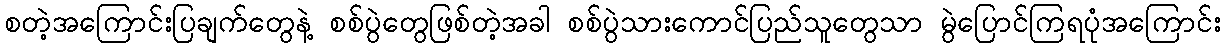
စတဲ့အကြောင်းပြချက်တွေနဲ့ စစ်ပွဲတွေဖြစ်တဲ့အခါ စစ်ပွဲသားကောင်ပြည်သူတွေသာ မွဲပြောင်ကြရပုံအကြောင်း